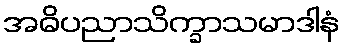
အဓိပညာသိက္ခာသမာဒါနံ